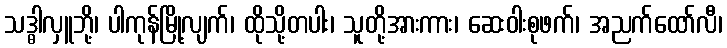
သဒ္ဓါလှူဘို့၊ ပါကုန်မြို့လျက်၊ ထိုသို့တပါး၊ သူတို့အားကား၊ ဆေးဝါးစုဖက်၊ အညက်ထော်လီ၊